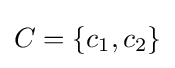
C=\{c_{1},c_{2}\}